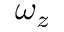
\omega _ { z }